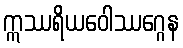
ဣဿရိယဝေါဿဂ္ဂေန